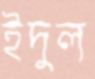
ইদুল